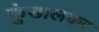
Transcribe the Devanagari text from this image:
कुंडालकर